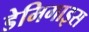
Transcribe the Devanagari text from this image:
डेमिगाइस